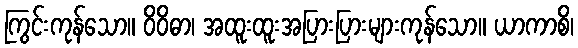
ကြွင်းကုန်သော။ ဝိဝိဓာ၊ အထူးထူးအပြားပြားများကုန်သော။ ယာကာစိ၊